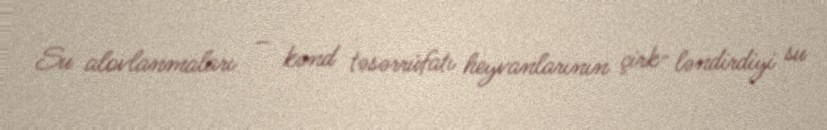
Su alovlanmaları – kənd təsərrüfatı heyvanlarının çirk- ləndirdiyi su